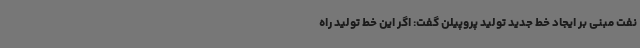
نفت مبنی بر ایجاد خط جدید تولید پروپیلن گفت: اگر این خط تولید راه